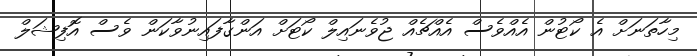
މިހާތަނަށް އެ ކޯޓުން އެއްވެސް އެއްޗެއް ޖުވެނައިލް ކޯޓަށް އަންގާފައިނުވާކަން ވެސް އޮފިޝަލް